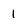
Character: 1